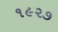
૧૯૨૭